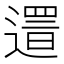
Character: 𨖞